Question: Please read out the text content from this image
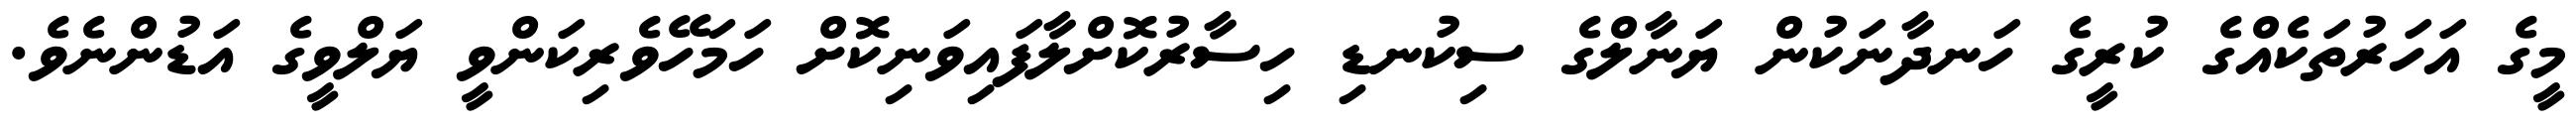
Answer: މީގެ އަހަރުތަކެއްގެ ކުރީގެ ހަނދާނަކުން ޔަނާލްގެ ސިކުނޑި ހިސާރުކޮށްލާފައިވަނިކޮށް ހަމަހޭވެރިކަންވީ ޔަލްވީގެ އަޑުންނެވެ.